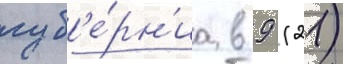
губ'е́рн'иа в 9 (21)